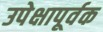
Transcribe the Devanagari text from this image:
उपेक्षापूर्वक